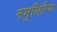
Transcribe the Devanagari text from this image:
नमुलिरिया